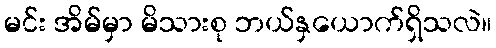
မင်း အိမ်မှာ မိသားစု ဘယ်နှယောက်ရှိသလဲ။